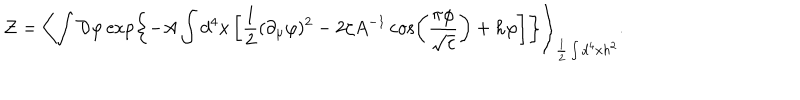
{ \cal Z } = \left< \int { \cal D } \varphi \exp \left\{ - A \int d ^ { 4 } x \left[ \frac 1 2 ( \partial _ { \mu } \varphi ) ^ { 2 } - 2 \zeta A ^ { - 1 } \cos \left( \frac { \pi \varphi } { \sqrt { c } } \right) + h \varphi \right] \right\} \right> _ { \frac 1 2 \int d ^ { 4 } x h ^ { 2 } } .